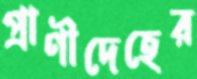
প্রাণীদেহের